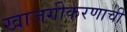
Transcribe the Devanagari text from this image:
खाजगीकरणाची